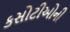
કસોટીઓની